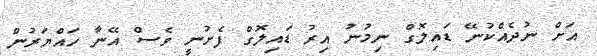
އަށް ނުދެެއްކުނޭ ޑައިލޮގް ނިމުނު އިރު ޑައިލޮގް ފެށުނީ ވެސް އޭނާ ހައްޔަރުން